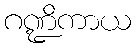
ဂဏ္ဍိကာယ